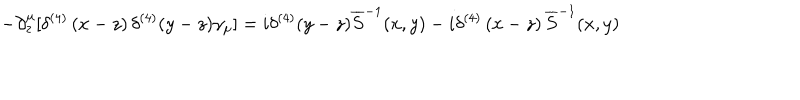
- \partial _ { z } ^ { \mu } [ \delta ^ { ( 4 ) } \left( x - z \right) \delta ^ { ( 4 ) } ( y - z ) \gamma _ { \mu } ] = i \delta ^ { ( 4 ) } ( y - z ) \overline { { { S } } } ^ { - 1 } ( x , y ) - i \delta ^ { ( 4 ) } \left( x - z \right) \overline { { { S } } } ^ { - 1 } ( x , y )